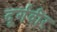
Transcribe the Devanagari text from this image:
दूर्गवीर